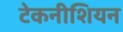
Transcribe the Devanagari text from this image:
टेकनीशियन